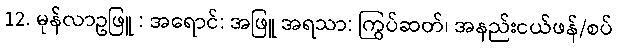
12. မုန်လာဥဖြူ : အရောင်: အဖြူ အရသာ: ကြွပ်ဆတ်၊ အနည်းငယ်ဖန်/စပ်